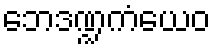
ဘေဒဏ္ဍကံယေဝ